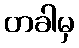
တခါမှ